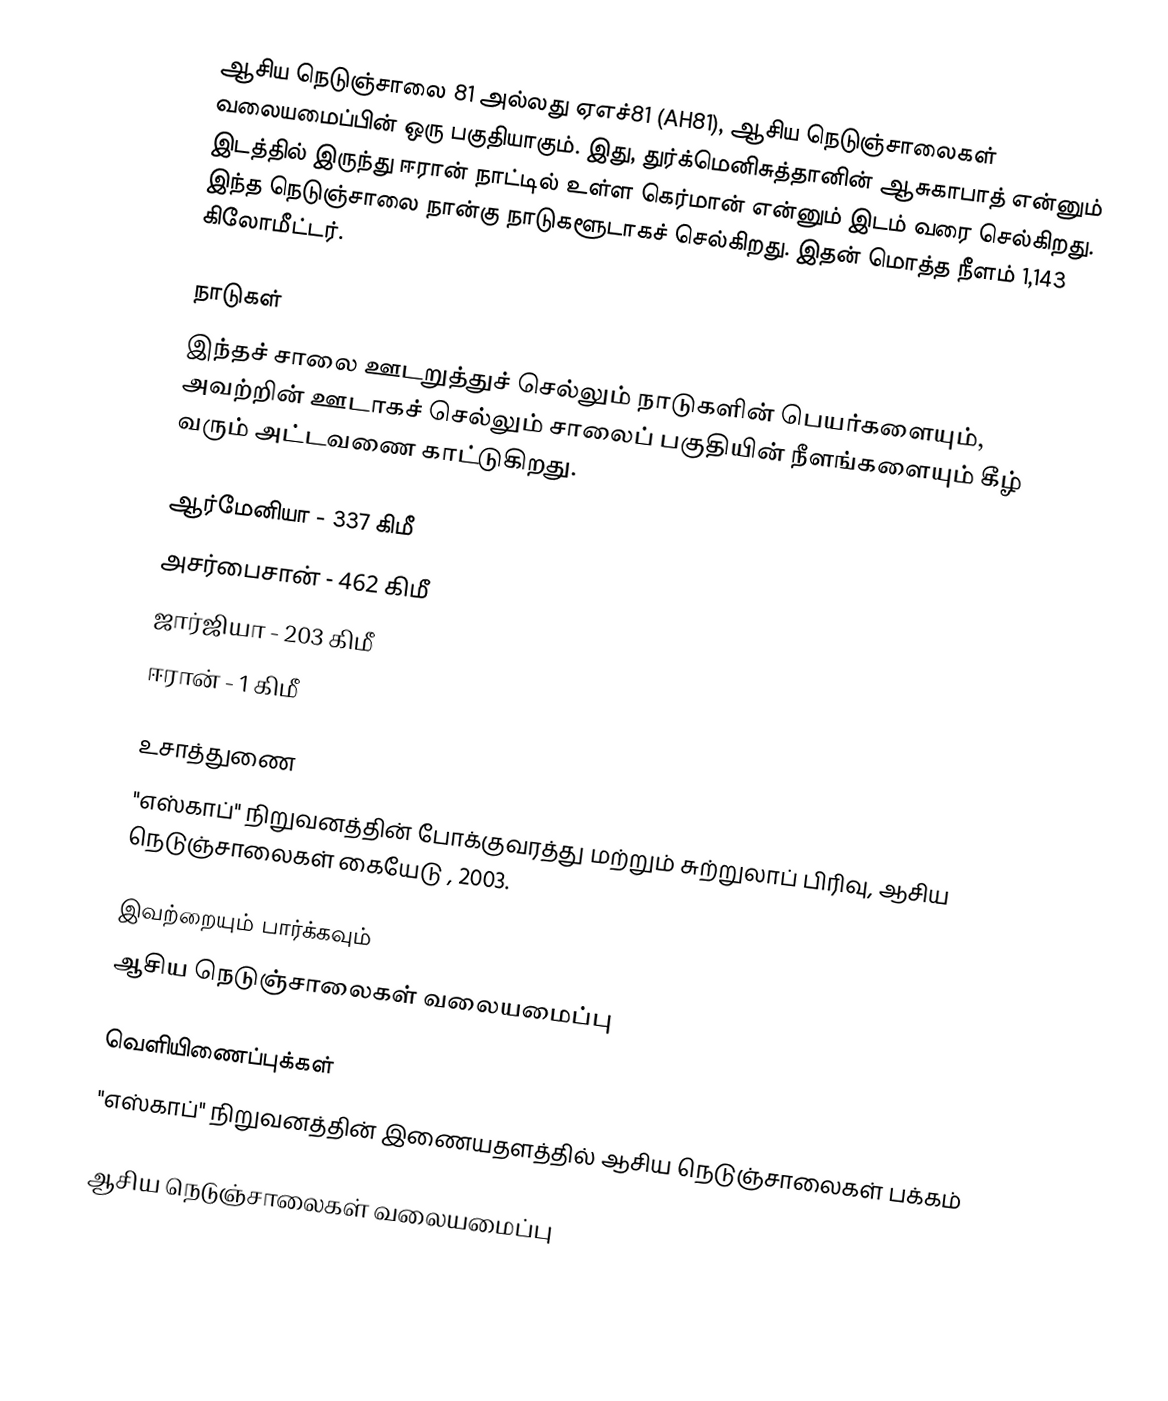
ஆசிய நெடுஞ்சாலை 81 அல்லது ஏஎச்81 (AH81), ஆசிய நெடுஞ்சாலைகள் வலையமைப்பின் ஒரு பகுதியாகும். இது, துர்க்மெனிசுத்தானின் ஆசுகாபாத் என்னும் இடத்தில் இருந்து ஈரான் நாட்டில் உள்ள கெர்மான் என்னும் இடம் வரை செல்கிறது. இந்த நெடுஞ்சாலை நான்கு நாடுகளூடாகச் செல்கிறது. இதன் மொத்த நீளம் 1,143 கிலோமீட்டர்.

நாடுகள்
இந்தச் சாலை ஊடறுத்துச் செல்லும் நாடுகளின் பெயர்களையும், அவற்றின் ஊடாகச் செல்லும் சாலைப் பகுதியின் நீளங்களையும் கீழ் வரும் அட்டவணை காட்டுகிறது.

 ஆர்மேனியா - 337 கிமீ
 அசர்பைசான் - 462 கிமீ
 ஜார்ஜியா - 203 கிமீ
 ஈரான் - 1 கிமீ

உசாத்துணை
 "எஸ்காப்" நிறுவனத்தின் போக்குவரத்து மற்றும் சுற்றுலாப் பிரிவு, ஆசிய நெடுஞ்சாலைகள் கையேடு , 2003.

இவற்றையும் பார்க்கவும்
 ஆசிய நெடுஞ்சாலைகள் வலையமைப்பு

வெளியிணைப்புக்கள்
 "எஸ்காப்" நிறுவனத்தின் இணையதளத்தில் ஆசிய நெடுஞ்சாலைகள் பக்கம்

 ஆசிய நெடுஞ்சாலைகள் வலையமைப்பு